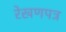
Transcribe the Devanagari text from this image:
रेखणपत्र